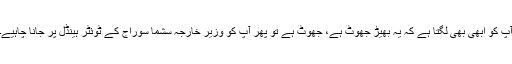
آپ کو ابھی بھی لگتا ہے کہ یہ بھیڑ جھوٹ ہے، جھوٹ ہے تو پھر آپ کو وزیر خارجہ سشما سوراج کے ٹوئٹر ہینڈل پر جانا چاہیے۔